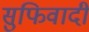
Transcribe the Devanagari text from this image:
सुफिवादी